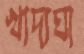
খাদ্যঘা